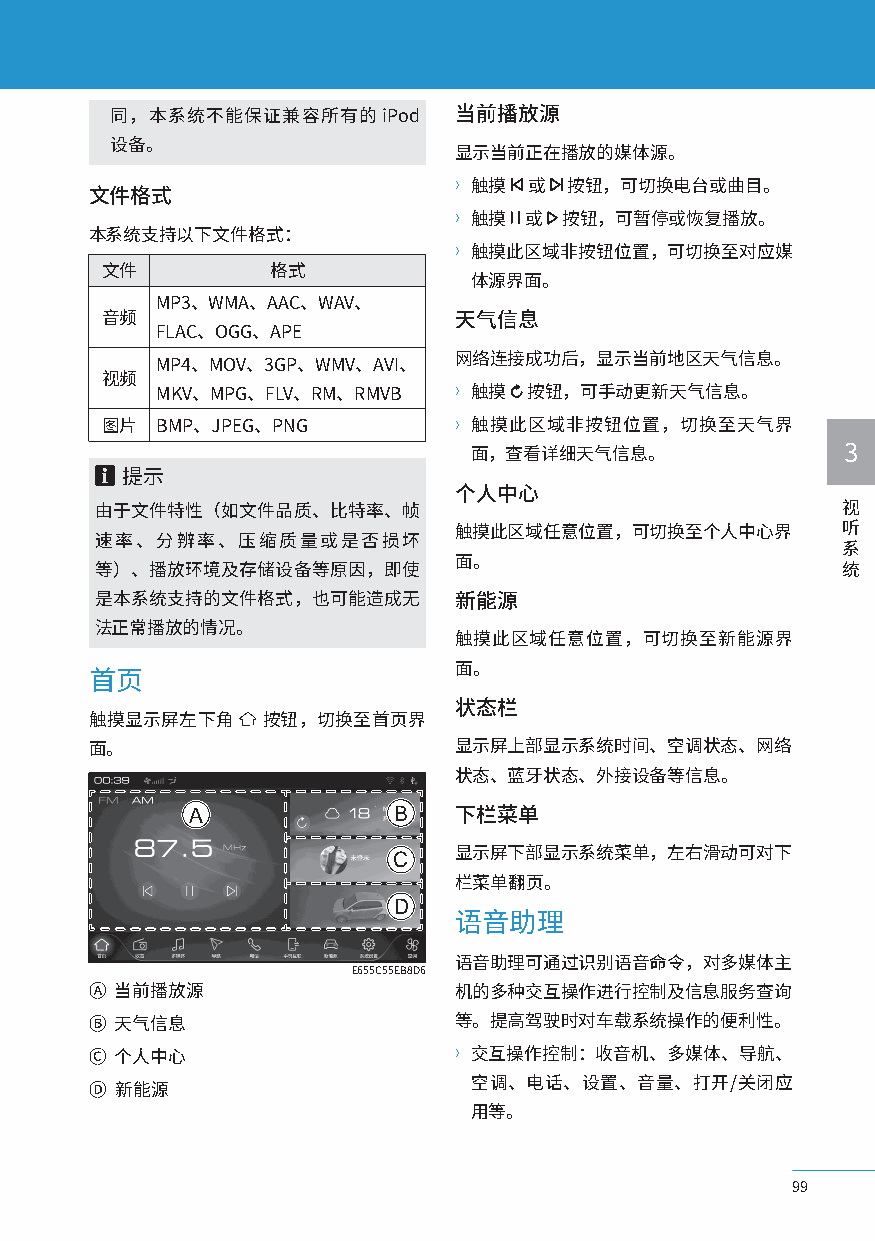
同，本系统不能保证兼容所有的iPod     当前播放源
 设备。
 显示当前正在播放的媒体源。
 〉触摸  或 按钮，可切换电台或曲目。
 文件格式
 〉触摸  或 按钮，可暂停或恢复播放。
 本系统支持以下文件格式：
 〉触摸此区域非按钮位置，可切换至对应媒
 文件         格式
 体源界面。
 MP3、WMA、AAC、WAV、
 音频                     天气信息
 FLAC、OGG、APE
 MP4、MOV、3GP、WMV、AVI、 网络连接成功后，显示当前地区天气信息。
 视频
 MKV、MPG、FLV、RM、RMVB 〉触摸  按钮，可手动更新天气信息。
 图片 BMP、JPEG、PNG        〉触摸此区域非按钮位置，切换至天气界
 面，查看详细天气信息。              3
 提示
 个人中心
 由于文件特性（如文件品质、比特率、帧                                视
 触摸此区域任意位置，可切换至个人中心界       听
 速率、分辨率、压缩质量或是否损坏
 系
 面。
 等）、播放环境及存储设备等原因，即使                                统
 是本系统支持的文件格式，也可能造成无      新能源
 法正常播放的情况。
 触摸此区域任意位置，可切换至新能源界
 面。
 首页
 状态栏
 触摸显示屏左下角   按钮，切换至首页界
 面。                      显示屏上部显示系统时间、空调状态、网络
 状态、蓝牙状态、外接设备等信息。
 A             B   下栏菜单
 C   显示屏下部显示系统菜单，左右滑动可对下
 栏菜单翻页。
 D
 语音助理
 语音助理可通过识别语音命令，对多媒体主
 E655C55EB8D6
 Ⓐ 当前播放源                 机的多种交互操作进行控制及信息服务查询
 Ⓑ 天气信息                  等。提高驾驶时对车载系统操作的便利性。
 Ⓒ 个人中心                  〉交互操作控制：收音机、多媒体、导航、
 空调、电话、设置、音量、打开/关闭应
 Ⓓ 新能源
 用等。
 99